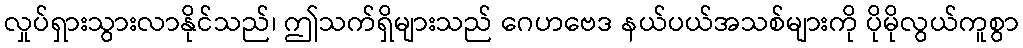
လှုပ်ရှားသွားလာနိုင်သည်၊ ဤသက်ရှိများသည် ဂေဟဗေဒ နယ်ပယ်အသစ်များကို ပိုမိုလွယ်ကူစွာ